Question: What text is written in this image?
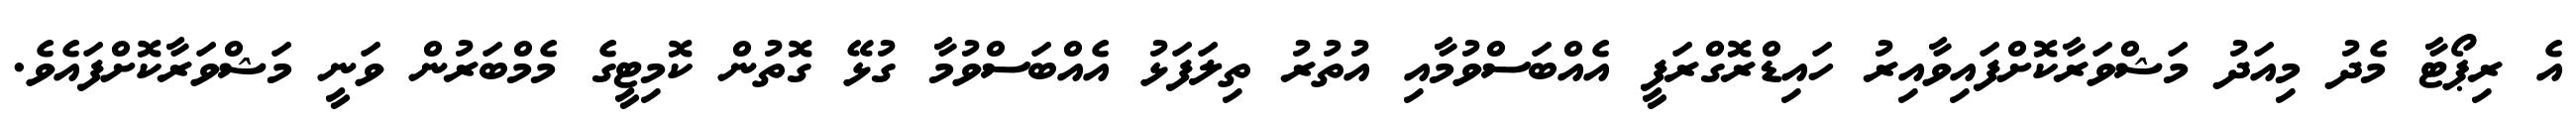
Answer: އެ ރިޕޯޓާ މެދު މިއަދު މަޝްވަރާކޮށްފައިވާއިރު ހައިޑްރޮގްރަފީ އެއްބަސްވުމާއި އުތުރު ތިލަފަޅު އެއްބަސްވުމާ ގުޅޭ ގޮތުން ކޮމިޓީގެ މެމްބަރުން ވަނީ މަޝްވަރާކޮށްފައެވެ.